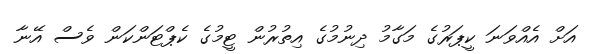
އަށް އެއްވަނަ ކީޕަރުގެ މަގާމު ދިނުމުގެ އިތުރުން ޓީމުގެ ކެޕްޓަންކަން ވެސް އޭނާ